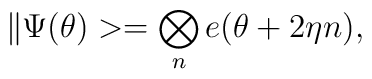
\| \Psi (\theta) >  = \bigotimes _n e(\theta+2 \eta n),